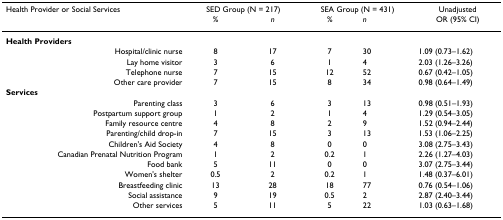
<table><thead><tr><td><b>Health Provider or Social Services</b></td><td colspan="2"><b>SED Group (N = 217)</b></td><td colspan="2"><b>SEA Group (N = 431)</b></td><td><b>Unadjusted</b></td></tr><tr><td></td><td><b><i>%</i></b></td><td><b><i>n</i></b></td><td><b><i>%</i></b></td><td><b><i>n</i></b></td><td><b>OR (95% CI)</b></td></tr></thead><tbody><tr><td><b>Health Providers</b></td><td></td><td></td><td></td><td></td><td></td></tr><tr><td>Hospital/clinic nurse</td><td>8</td><td>17</td><td>7</td><td>30</td><td>1.09 (0.73–1.62)</td></tr><tr><td>Lay home visitor</td><td>3</td><td>6</td><td>1</td><td>4</td><td>2.03 (1.26–3.26)</td></tr><tr><td>Telephone nurse</td><td>7</td><td>15</td><td>12</td><td>52</td><td>0.67 (0.42–1.05)</td></tr><tr><td>Other care provider</td><td>7</td><td>15</td><td>8</td><td>34</td><td>0.98 (0.64–1.49)</td></tr><tr><td><b>Services</b></td><td></td><td></td><td></td><td></td><td></td></tr><tr><td>Parenting class</td><td>3</td><td>6</td><td>3</td><td>13</td><td>0.98 (0.51–1.93)</td></tr><tr><td>Postpartum support group</td><td>1</td><td>2</td><td>1</td><td>4</td><td>1.29 (0.54–3.05)</td></tr><tr><td>Family resource centre</td><td>4</td><td>8</td><td>2</td><td>9</td><td>1.52 (0.94–2.44)</td></tr><tr><td>Parenting/child drop-in</td><td>7</td><td>15</td><td>3</td><td>13</td><td>1.53 (1.06–2.25)</td></tr><tr><td>Children&#x27;s Aid Society</td><td>4</td><td>8</td><td>0</td><td>0</td><td>3.08 (2.75–3.43)</td></tr><tr><td>Canadian Prenatal Nutrition Program</td><td>1</td><td>2</td><td>0.2</td><td>1</td><td>2.26 (1.27–4.03)</td></tr><tr><td>Food bank</td><td>5</td><td>11</td><td>0</td><td>0</td><td>3.07 (2.75–3.44)</td></tr><tr><td>Women&#x27;s shelter</td><td>0.5</td><td>2</td><td>0.2</td><td>1</td><td>1.48 (0.37–6.01)</td></tr><tr><td>Breastfeeding clinic</td><td>13</td><td>28</td><td>18</td><td>77</td><td>0.76 (0.54–1.06)</td></tr><tr><td>Social assistance</td><td>9</td><td>19</td><td>0.5</td><td>2</td><td>2.87 (2.40–3.44)</td></tr><tr><td>Other services</td><td>5</td><td>11</td><td>5</td><td>22</td><td>1.03 (0.63–1.68)</td></tr></tbody></table>